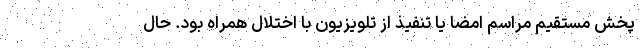
پخش مستقیم مراسم امضا یا تنفیذ از تلویزیون با اختلال همراه بود. حال